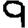
Digit: 9